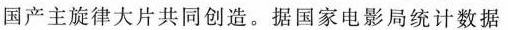
国产主旋律大片共同创造。据国家电影局统计数据